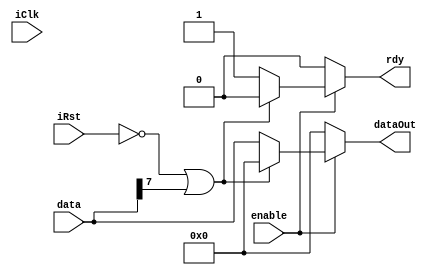
`timescale 1ns / 1ps
//////////////////////////////////////////////////////////////////////////////////
// For 1 sign bit + N-1 data bit
//////////////////////////////////////////////////////////////////////////////////


// signed 
module relu_sign#(parameter WIDTH = 8)(
    iClk,
    iRst,
    
    //data
    data,
    dataOut,    
    
    //control,
    enable,
    rdy
    );


// inout data
input   wire                                    iClk;
input   wire                                    iRst;
input   wire        signed      [WIDTH-1:0]     data;
input   wire                                    enable;
output  wire                                    rdy;
output  wire        signed      [WIDTH-1:0]     dataOut;

// internal variable
        reg         signed      [WIDTH-1:0]     dataInner;
        reg                                     ready;

assign  rdy      =   ready;
assign  dataOut  =   dataInner;

always@*
begin
    if(enable)
    begin
        if(!iRst || data[WIDTH-1] == 1)
        begin
            dataInner   <=  0;
            ready       <=  0;
        end
        else
        begin
            dataInner   <=  data;
            ready       <=  1;
        end
    end
    else
    begin
        begin
            dataInner   <=  0;
            ready       <=  0;
        end
    end
end

endmodule




// signed
module leakyRelu_sign#(parameter WIDTH = 8, NEGATIVE_SLOPE_SHIFT = 5)(
    iClk,
    iRst,
    
    //data
    data,
    dataOut,    
    
    //control,
    enable,
    rdy
    );

//parameter           NEGATIVE_SLOPE_SHIFT    =   5; // 1/64

// inout data
input   wire                                    iClk;
input   wire                                    iRst;
input   wire        signed      [WIDTH-1:0]     data;
input   wire                                    enable;
output  wire                                    rdy;
output  wire        signed      [WIDTH-1:0]     dataOut;

// internal variable
        reg         signed      [WIDTH-1:0]     dataInner;
        reg                                     ready;      
assign  rdy         =   ready;
assign  dataOut     =   dataInner;

always@*
begin
    if(enable)
    begin
        if(!iRst)
        begin
            dataInner   <=  0;
            ready       <=  0;
        end
        else
        case(data[WIDTH-1])
            1'b0:   
            begin
                dataInner   <=  data;
                ready       <=  1;
            end 
            1'b1:
            begin
                dataInner   <= data >>> NEGATIVE_SLOPE_SHIFT; //
                ready       <=  1;
            end
            default:
            begin
                dataInner   <=  0;
                ready       <=  0;
            end
        endcase
    end
    else
    begin
        begin
            dataInner   <=  0;
            ready       <=  0;
        end
    end
end

endmodule


// signed
module hardtanh_sign#(parameter WIDTH = 8,DECIMAL_POINT = 6)(
    iClk,
    iRst,
    
    //data
    data,
    dataOut,    
    
    //control,
    enable,
    rdy
    );

// parameter
// if decimal point  = 0, value 4'sb0001 = 1
// if decimal point  = 1, value 4'sb0001 = 2

//parameter           WIDTH                   =   8;
localparam   signed  [WIDTH-1:0]     THRESHOLD      =   2'sb01 <<< DECIMAL_POINT;   // stands for 1
localparam   signed  [WIDTH-1:0]     NEGATHRESHOLD  =   2'sb11 <<< DECIMAL_POINT;   // stands for -1
// inout data
input   wire                                    iClk;
input   wire                                    iRst;
input   wire        signed      [WIDTH-1:0]     data;
input   wire                                    enable;
output  wire                                    rdy;
output  wire        signed      [WIDTH-1:0]     dataOut;

// internal variable
        reg         signed      [WIDTH-1:0]     dataInner;
        reg                                     ready;
        wire        above_1;
        wire        below_neg1;
        
assign  rdy      =   ready;
assign  dataOut  =   dataInner;

assign above_1   =   data > THRESHOLD     ? 1: 0;
assign below_neg1=   data < NEGATHRESHOLD ? 1: 0;

always@*
begin
    if(enable)
    begin
        if(!iRst)
        begin
            dataInner   <=  0;
            ready       <=  0;
        end
        else
        begin
            if (above_1)      
            begin
                dataInner   <=  THRESHOLD;
                ready       <=  1;
            end
            else
            begin
                if (below_neg1)
                begin
                    dataInner   <=  NEGATHRESHOLD;
                    ready       <=  1;
                end
                else
                begin
                    dataInner   <=  data;
                    ready       <=  1;
                end
            end
        end
    end
    else
    begin
        begin
            dataInner   <=  0;
            ready       <=  0;
        end
    end
end

endmodule




// unsigned code should use the 2's complement
module sigmoid_sign#(parameter WIDTH = 8, DECIMAL_POINT = 5)(
    iClk,
    iRst,
    
    //data
    data,
    dataOut,    
    
    //control,
    enable,
    rdy
    );

// parameter
localparam               [WIDTH-DECIMAL_POINT-1:0]   INTEGERZERO     =   0;        
//localparam               [WIDTH-DECIMAL_POINT-2:0]   INTEGERONE      =   0;        
//localparam               [DECIMAL_POINT-1:0]         FRACTIONZERO    =   0;  
localparam     signed    [WIDTH-1:0]                 One             =   2'sb01 <<< DECIMAL_POINT;

      
// inout data
input   wire                                    iClk;
input   wire                                    iRst;
input   wire        signed      [WIDTH-1:0]     data;
input   wire                                    enable;
output  wire                                    rdy;
output  wire        signed      [WIDTH-1:0]     dataOut;

// internal variable
        reg                                                ready;
        wire        signed      [WIDTH-1:0]                dataABS                  =   data[WIDTH-1]==1? ~data + 1 : data;
        wire        signed      [WIDTH-1-DECIMAL_POINT:0]  integerPartABS           =   dataABS[WIDTH-1:DECIMAL_POINT];
        
        wire        signed      [DECIMAL_POINT-1:0]        fractionPartABS          =   dataABS[DECIMAL_POINT-1:0];
        wire        signed      [DECIMAL_POINT-1:0]        fractionPartABSDiv4      =   fractionPartABS >> 2;
        wire        signed      [WIDTH-1:0]                OneShift                 =   One >>> 1;
        wire        signed      [WIDTH-1:0]                fractionPartABSDiv4Scale =   {INTEGERZERO,fractionPartABSDiv4};
        wire        signed      [WIDTH-1:0]                numerator                =   OneShift - fractionPartABSDiv4Scale;
        reg         signed      [WIDTH-1:0]                dataInner;  

assign  rdy             =   ready;
assign  dataOut         =   data[WIDTH-1]==1? dataInner:One-dataInner;

always@*
begin
    if(enable)
    begin
        if(!iRst)
        begin
            dataInner  <=  0;
            ready      <=  0;
        end
        else
        begin
            dataInner <=  numerator >>  integerPartABS;
            ready     <=  1;
        end 
    end
    else
    begin
        begin
            dataInner   <=  0;
            ready       <=  0;
        end
    end
end

endmodule